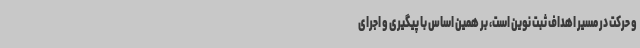
و حرکت در مسیر اهداف ثبت نوین است، بر همین اساس با پیگیری و اجرای